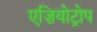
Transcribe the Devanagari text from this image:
एज़ियोट्रोप